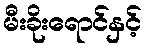
မီးခိုးရောင်နှင့်